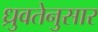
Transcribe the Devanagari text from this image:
ध्रुवतेनुसार